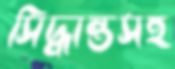
সিদ্ধান্তসহ